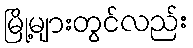
မြို့များတွင်လည်း